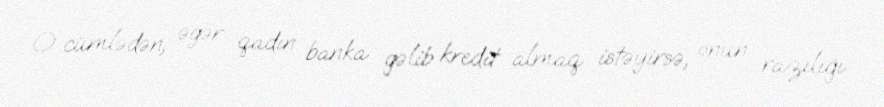
O cümlədən, əgər qadın banka gəlib kredit almaq istəyirsə, onun razılığı